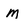
Character: M